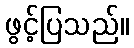
ဖွင့်ပြသည်။